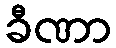
ခီဏာ